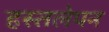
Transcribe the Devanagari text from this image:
हस्तलेपन